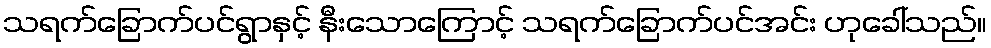
သရက်ခြောက်ပင်ရွာနှင့် နီးသောကြောင့် သရက်ခြောက်ပင်အင်း ဟုခေါ်သည်။